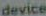
device